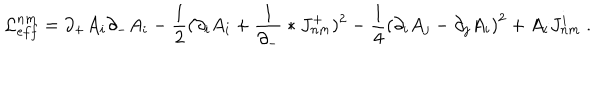
{ \cal L } _ { e f f } ^ { n m } = \partial _ { + } A _ { i } \partial _ { - } A _ { i } - \frac 1 2 ( \partial _ { i } A _ { i } + \frac { 1 } { \partial _ { - } } \ast J _ { n m } ^ { + } ) ^ { 2 } - \frac 1 4 \left( \partial _ { i } { A } _ { j } - \partial _ { j } { A } _ { i } \right) ^ { 2 } + A _ { i } J _ { n m } ^ { i } \ .